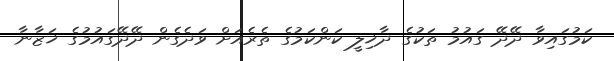
ކަމުގައިވާ ދޭދޭ ގައުމު ތަކުގެ ދާޚިލީ ކަންކަމުގެ ތެރެއަށް ވަދެގެން ދޭދޭގައުމުގެ ޚަޒާނާ